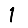
Digit: 1